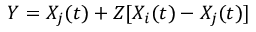
Y = X _ { j } ( t ) + Z [ X _ { i } ( t ) - X _ { j } ( t ) ]